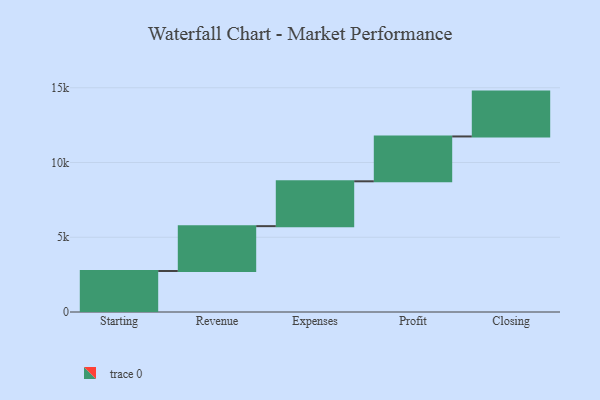
{"axis": {"x": "Step", "y": "Value"}, "legend": [""], "data": [{"x": "Starting", "y": 2743.0, "type": ""}, {"x": "Revenue", "y": 3000, "type": ""}, {"x": "Expenses", "y": 3000, "type": ""}, {"x": "Profit", "y": 3000, "type": ""}, {"x": "Closing", "y": 3000, "type": ""}]}